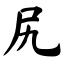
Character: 尻